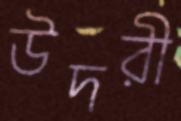
উদরী